Code of medical and sanitary regulations for the guidance of medical officers serving in the Madras Presidency - Volume I
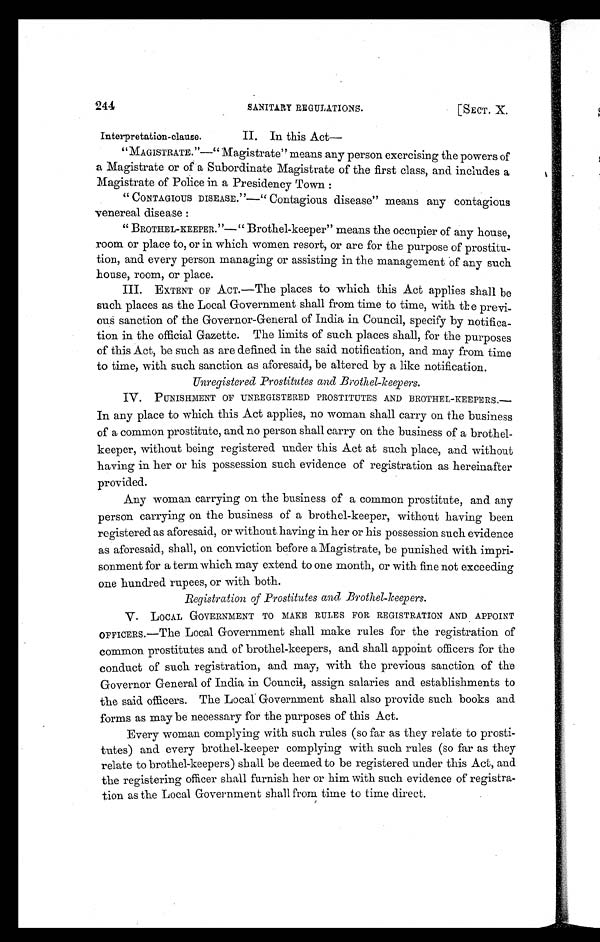
244
SANITARY REGULATIONS.
[SECT. X.
II. In this Act
— Interpretation-clause.
" MAGISTRATE."—" Magistrate" means any person exercising the powers of
a Magistrate or of a Subordinate Magistrate of the first class, and includes a
Magistrate of Police in a Presidency Town :
" CONTAGIOUS DISEASE."—" Contagious disease" means any contagious
venereal disease :
" BROTHEL-KEEPER."—" Brothel-keeper" means the occupier of any house,
room or place to, or in which women resort, or are for the purpose of prostitu-
tion, and every person managing or assisting in the management of any such
house, room, or place.
III. EXTENT OF ACT.—The places to which this Act applies shall be
such places as the Local Government shall from time to time, with the previ-
ous sanction of the Governor-General of India in Council, specify by notifica-
tion in the official Gazette. The limits of such places shall, for the purposes
of this Act, be such as are defined in the said notification, and may from time
to time, with such sanction as aforesaid, be altered by a like notification.
Unregistered Prostitutes and Brothel-keepers.
IV. PUNISHMENT OF UNREGISTERED PROSTITUTES AND BROTHEL-KEEPERS.—
In any place to which this Act applies, no woman shall carry on the business
of a common prostitute, and no person shall carry on the business of a brothel-
keeper, without being registered under this Act at such place, and without
having in her or his possession such evidence of registration as hereinafter
provided.
Any woman carrying on the business of a common prostitute, and any
person carrying on the business of a brothel-keeper, without having been
registered as aforesaid, or without having in her or his possession such evidence
as aforesaid, shall, on conviction before a Magistrate, be punished with impri-
sonment for a term which may extend to one month, or with fine not exceeding
one hundred rupees, or with both.
Registration of Prostitutes and Brothel-keepers.
V. LOCAL GOVERNMENT TO MAKE RULES FOR REGISTRATION AND APPOINT
OFFICERS.—The Local Government shall make rules for the registration of
common prostitutes and of brothel-keepers, and shall appoint officers for the
conduct of such registration, and may, with the previous sanction of the
Governor General of India in Council, assign salaries and establishments to
the said officers. The Local Government shall also provide such books and
forms as may be necessary for the purposes of this Act.
Every woman complying with such rules (so far as they relate to prosti-
tutes) and every brothel-keeper complying with such rules (so far as they
relate to brothel-keepers) shall be deemed to be registered under this Act, and
the registering officer shall furnish her or him with such evidence of registra-
tion as the Local Government shall from time to time direct.